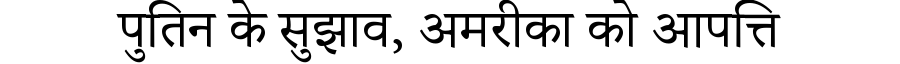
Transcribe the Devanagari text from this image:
पुतिन के सुझाव, अमरीका को आपत्ति